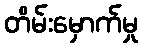
တိမ်းမှောက်မှု